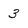
Character: 3